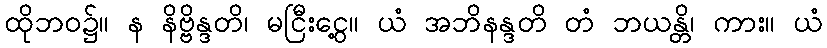
ထိုဘဝ၌။ န နိဗ္ဗိန္ဒတိ၊ မငြီးငွေ့။ ယံ အဘိနန္ဒတိ တံ ဘယန္တိ၊ ကား။ ယံ